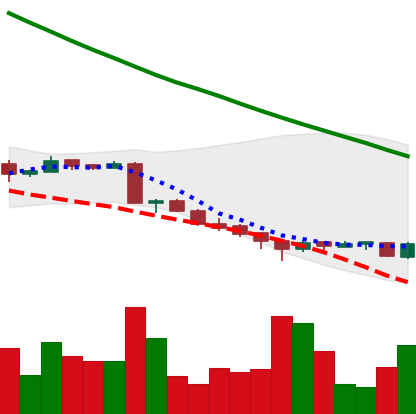
Ticker: ADA-USD
Chart end date: 2018-09-18
Forward return: 29.273%
Label: up_7plus